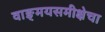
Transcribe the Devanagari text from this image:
वाङ्‌मयसमीक्षेचा